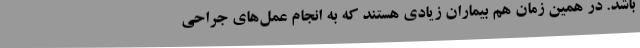
باشد. در همین زمان هم بیماران زیادی هستند که به انجام عمل‌های جراحی